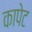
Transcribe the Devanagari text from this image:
कापेट